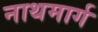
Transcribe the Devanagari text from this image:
नाथमार्ग